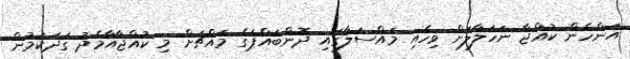
އަންހެން ކުއްޖާ ނަހަލާލަށް ވިހެއި މައްސަލާގައި ދޮންބައްޕަގެ މައްޗަށް މި ކުއްޖާއާމެދު ގަދަކަމުން